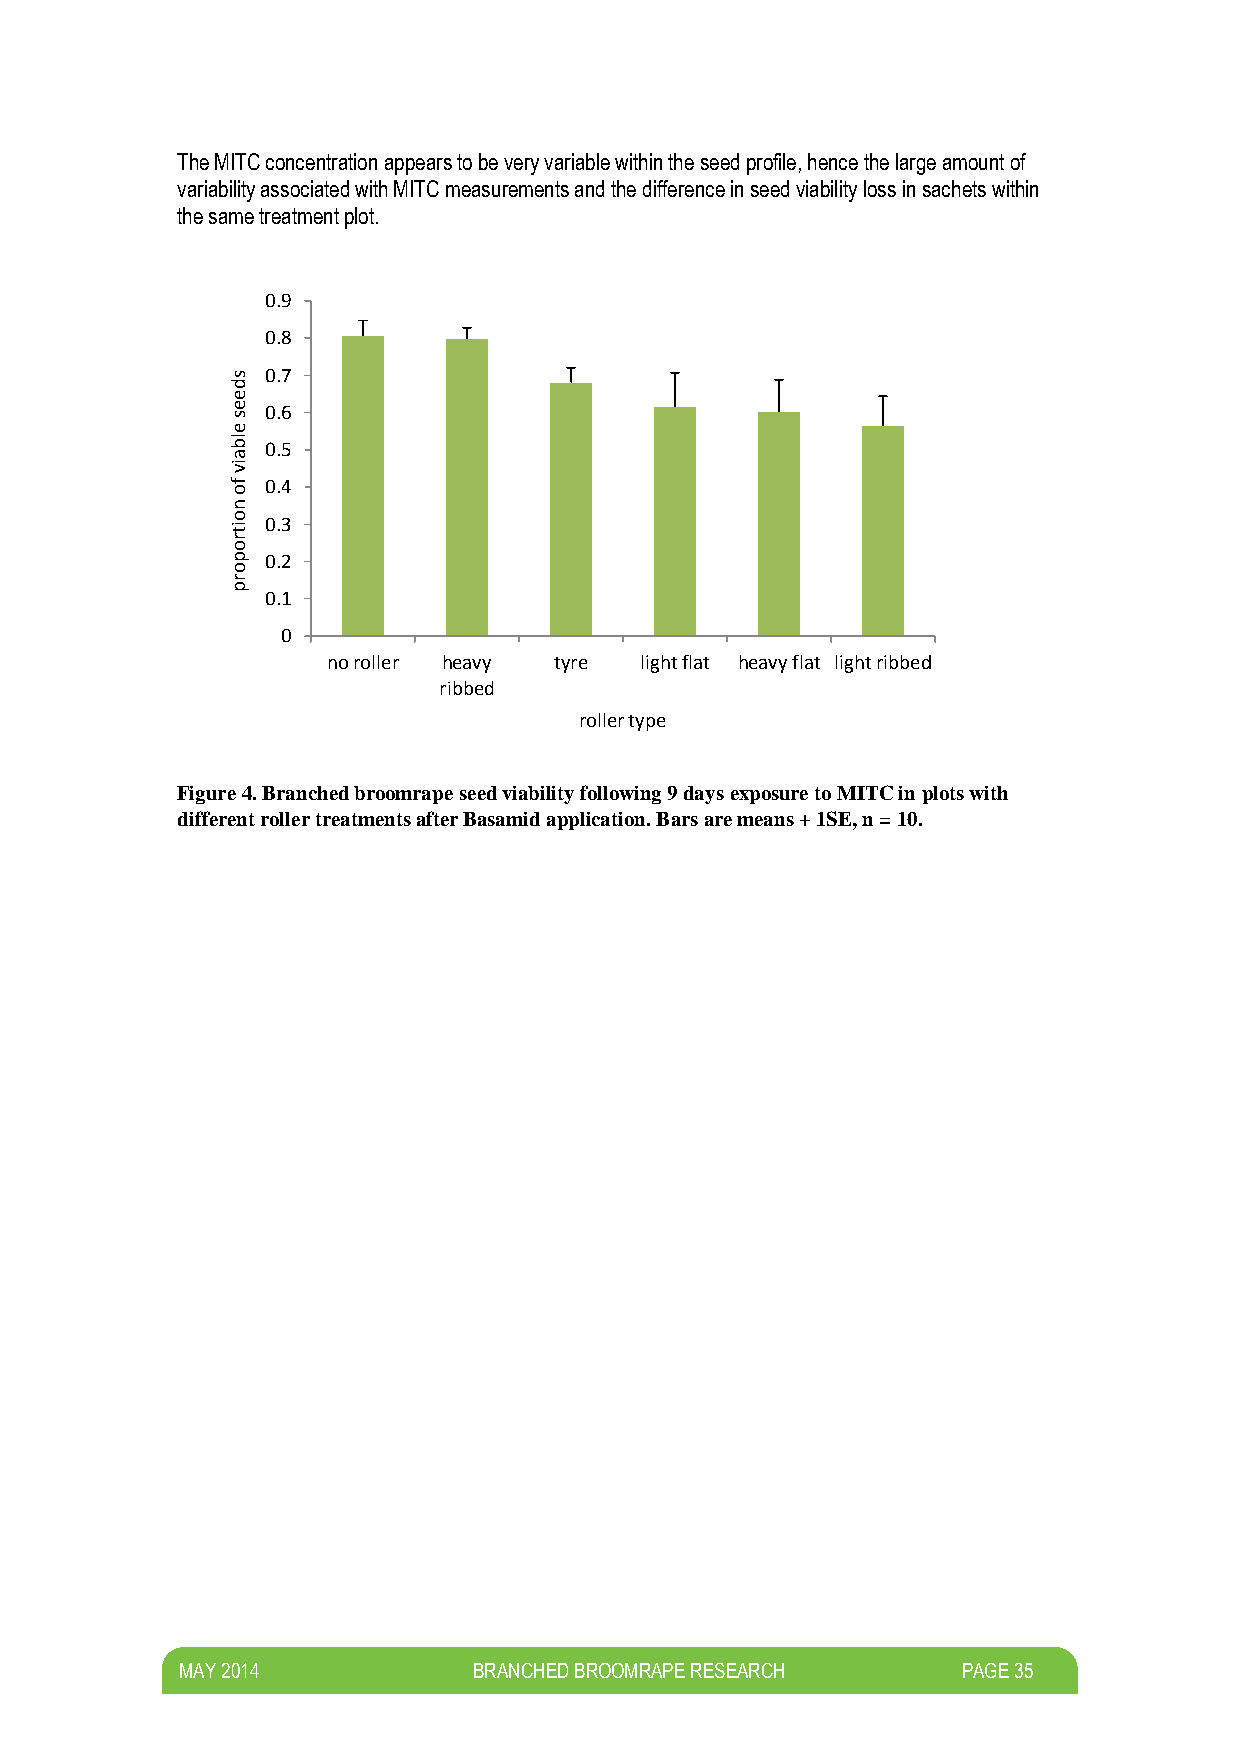
The MITC concentration appears to be very variable within the seed profile, hence the large amount of
 variability associated with MITC measurements and the difference in seed viability loss in sachets within
 the same treatment plot.
 0.9
 0.8
 s  0.7
 d
 e
 e  0.6
 s
 e
 lb
 a
 0.5
 iv
 f  0.4
 o
 n
 o it 0.3
 r
 o
 p  0.2
 o
 r
 p
 0.1
 0
 no roller heavy tyre light flat heavy flat light ribbed
 ribbed
 roller type
 Figure 4. Branched broomrape seed viability following 9 days exposure to MITC in plots with
 different roller treatments after Basamid application. Bars are means + 1SE, n = 10.
 M AY 2014          BRANCHED BROOMRAPE RESEARCH      PAGE 35